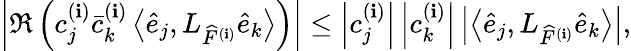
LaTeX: \left|\Re\left(c_{j}^{(\mathbf{i})}\bar{{c}}_{k}^{(\mathbf{i})}\left\langle\widehat{{e}}_{j},L_{\widehat{{F}}^{(\mathbf{i})}}\widehat{{e}}_{k}\right\rangle\right)\right|\leq\left|c_{j}^{(\mathbf{i})}\right|\left|c_{k}^{(\mathbf{i})}\right|\left|\left\langle\widehat{{e}}_{j},L_{\widehat{{F}}^{(\mathbf{i})}}\widehat{{e}}_{k}\right\rangle\right|,